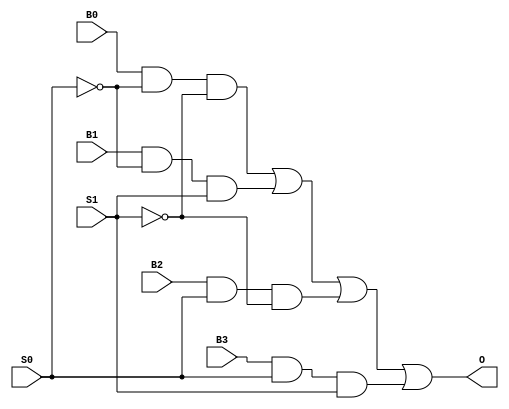
module mux4to1(O, S0, S1, B0, B1, B2, B3);

input S0, S1, B0, B1, B2, B3;
	output O;

	wire and1, and2, and3, and4;
	wire S0not, S1not;
	
	not not1 (S0not, S0);
	not not2 (S1not, S1);
	
	and and11 (and1, B0, S0not, S1not);
	and and22 (and2, B1, S0not, S1);
	and and33 (and3, B2, S0, S1not);
	and and44 (and4, B3, S0,S1);
	
	or(O, and1, and2, and3, and4);
	
endmodule